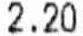
2.20